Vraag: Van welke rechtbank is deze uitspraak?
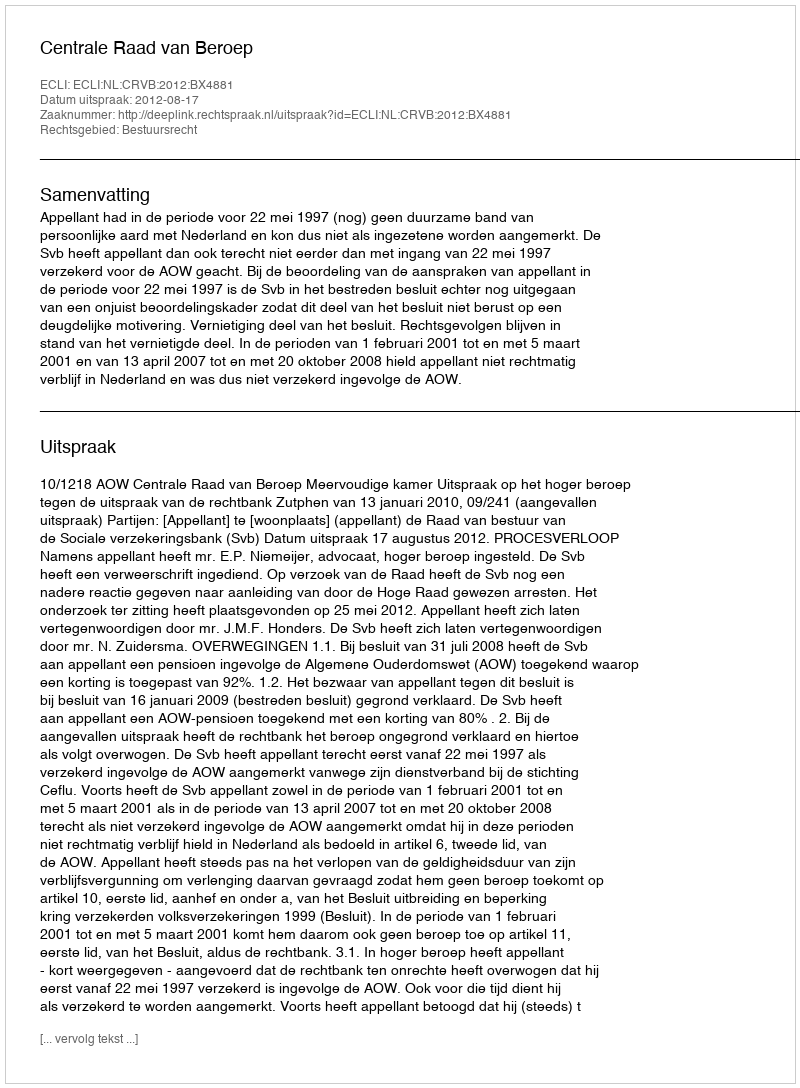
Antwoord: Centrale Raad van Beroep